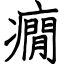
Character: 癇